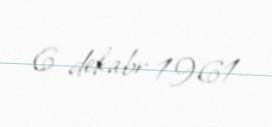
6 dekabr 1961